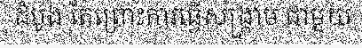
ដំបូង តែព្រោះការធ្វើសង្គ្រាម ជាមួយ